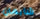
شابمان